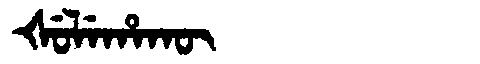
Manchu: ᡧᡠᠯᡝᡥᠠᡴᡡ
Romanization: ŠULEHAKŪ